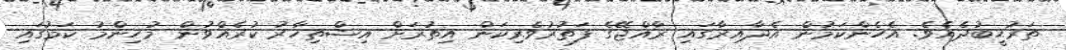
ތަރުޙީބުދެއެވެ. އެހެންކަމުން އެދާއިރާގައި ރާއްޖޭގެ ފަތުރުވެރިކަން އިތުރަށް އިޝްތިހާރު ކުރެއްވުން މުހިންމު ކަމުގައި